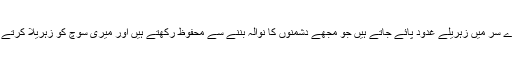
میرے سر میں زہریلے غدود پائے جاتے ہیں جو مجھے دشمنوں کا نوالہ بننے سے محفوظ رکھتے ہیں اور میری سوچ کو زہریلا کرتے ہیں۔